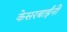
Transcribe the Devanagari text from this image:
केसरबाईंनी